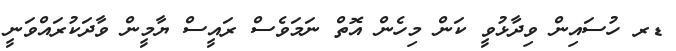
ޑރ ހުސައިން ވިދާޅުވީ ކަން މިހެން އޮތް ނަމަވެސް ރައީސް ޔާމީން ވާދަކުރައްވަނީ